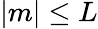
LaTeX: |m|\leq L